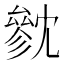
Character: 㓄